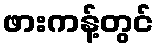
ဖားကန့်တွင်